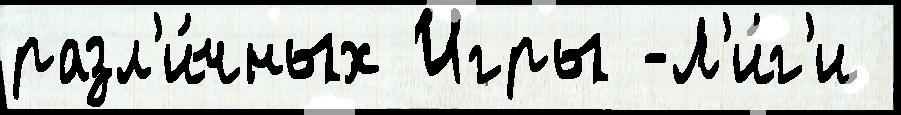
разл'и́чных Игры -Л'и́г'и